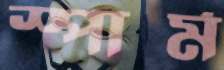
স্পার্ম